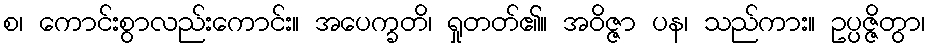
စ၊ ကောင်းစွာလည်းကောင်း။ အပေက္ခတိ၊ ရှုတတ်၏။ အဝိဇ္ဇာ ပန၊ သည်ကား။ ဥပ္ပဇ္ဇိတွာ၊